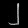
Digit: ၂